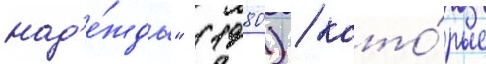
над'е́жды" (1980) / кото́рые